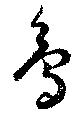
鳥